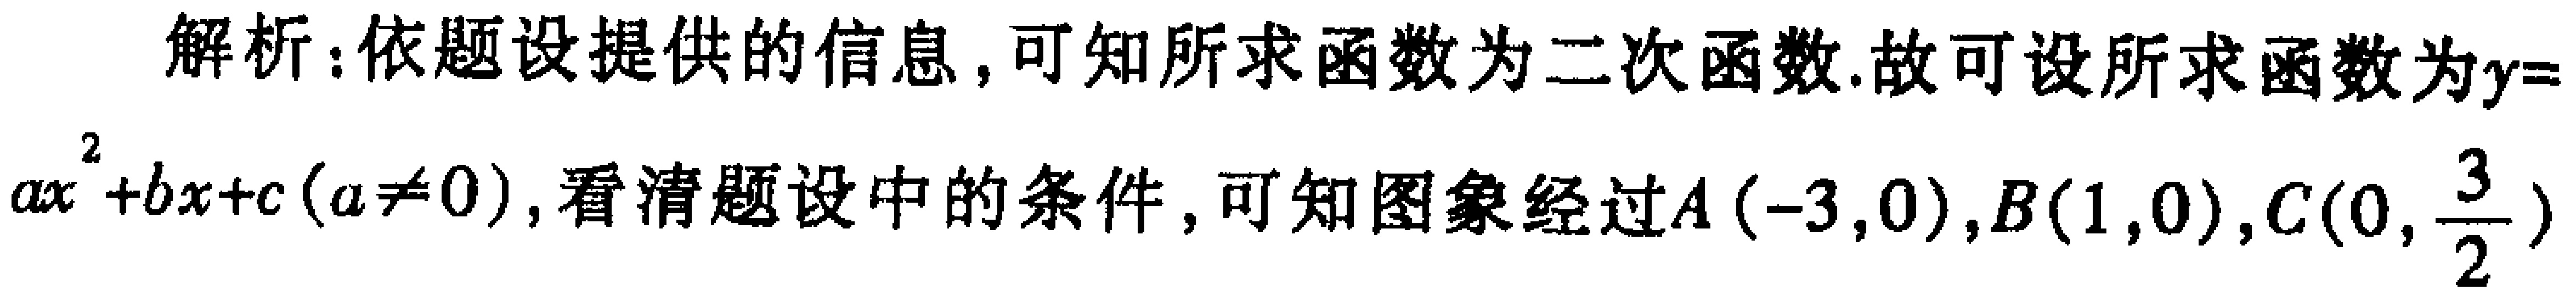
解析：依题设提供的信息，可知所求函数为二次函数.故可设所求函数为\(y = ax^{2}+bx + c(a\neq0)\)，看清题设中的条件，可知图象经过\(A(-3,0)\)，\(B(1,0)\)，\(C(0,\frac{3}{2})\)